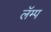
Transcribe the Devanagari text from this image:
लॅम्प